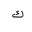
Letter: _kaf